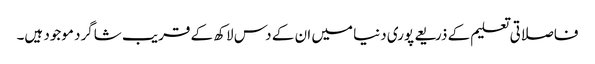
فاصلاتی تعلیم کے ذریعے پوری دنیا میں ان کے دس لاکھ کے قریب شاگرد موجود ہیں۔